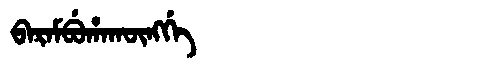
Manchu: ᠪᠠᡵᠠᠮᠪᡠᡥᠠᡴᡡᠩᡤᡝ
Romanization: BARAMBUHAKŪNGGE